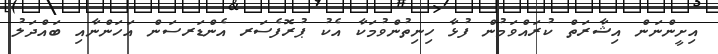
އިށީންނަން އިޝާރަތް ކުރައްވަމުން ފުޅާ ހިނިތުންވުމަކާ އެކު ޕުރޮފެސަރ އެންޑަރސަން އަހަންނާއި ބައްދަލު